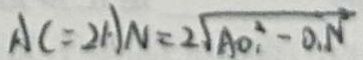
A C = 2 A N = 2 \sqrt { A O _ { 1 } ^ { 2 } - O _ { 1 } N ^ { 2 } }